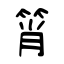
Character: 筲